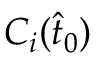
C _ { i } ( \hat { t } _ { 0 } )